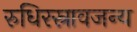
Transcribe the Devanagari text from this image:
रुधिरस्रावजन्य